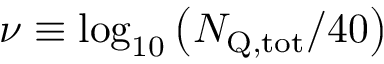
\nu \equiv \log _ { 1 0 } \left( N _ { \mathrm { Q , t o t } } / 4 0 \right)